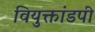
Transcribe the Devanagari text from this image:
वियुक्तांडपी